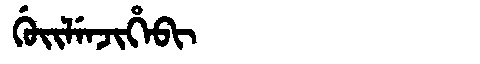
Manchu: ᡤᡠᡳᠯᡝᠨᠵᡳᡥᡝᠪᡳ
Romanization: GUILENJIHEBI